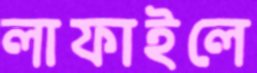
লাফাইলে